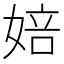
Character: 婄